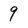
Character: 9